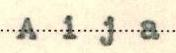
Aija